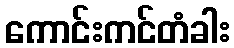
ကောင်းကင်တံခါး